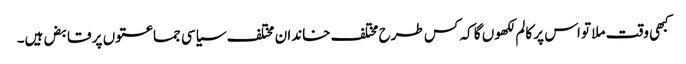
کبھی وقت ملا تو اس پر کالم لکھوں گا کہ کس طرح مختلف خاندان مختلف سیاسی جماعتوں پر قابض ہیں۔